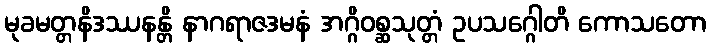
မုခမတ္တနိဒဿနန္တိ နာဂရာဇဒမနံ အဂ္ဂိဝစ္ဆသုတ္တံ ဥပသဂ္ဂေါတိ ကောသတော